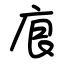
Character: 㡾